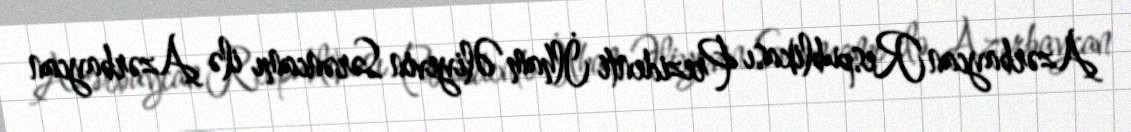
Azərbaycan Respublikası Prezidenti İlham Əliyevin Sərəncamı ilə Azərbaycan